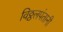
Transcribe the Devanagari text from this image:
विठ्ठलपंतानी